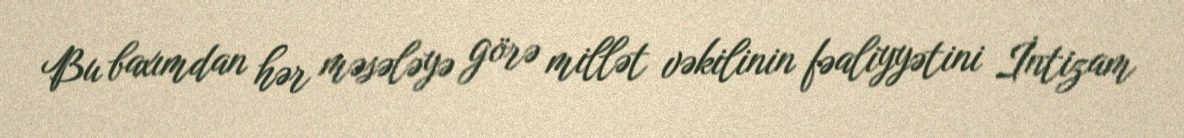
Bu baxımdan hər məsələyə görə millət vəkilinin fəaliyyətini İntizam